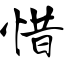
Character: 惜